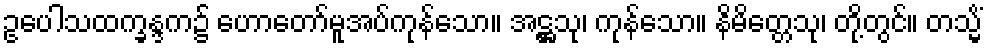
ဥပေါသထက္ခန္ဒက၌ ဟောတော်မူအပ်ကုန်သော။ အဋ္ဌသု၊ ကုန်သော။ နိမိတ္တေသု၊ တို့တွင်။ တသ္မိံ